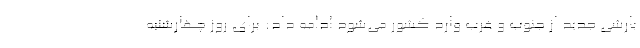
بارشی جدید از جنوب و غرب وارد کشور می‌شود ادامه داد: برای روز چهارشنبه